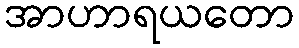
အာဟာရယတော